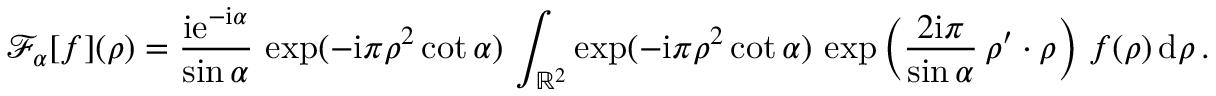
{ \mathcal F } _ { \alpha } [ f ] ( \boldsymbol \rho ) = { \frac { \mathrm { i } \mathrm { e } ^ { - \mathrm { i } \alpha } } { \sin \alpha } } \, \exp ( - \mathrm { i } \pi \rho ^ { 2 } \cot \alpha ) \, \int _ { { \mathbb R } ^ { 2 } } \exp ( - \mathrm { i } \pi \rho ^ { 2 } \cot \alpha ) \, \exp \left( { \frac { 2 \mathrm { i } \pi } { \sin \alpha } } \, \boldsymbol \rho ^ { \prime } \boldsymbol \cdot \boldsymbol \rho \right) \, f ( \boldsymbol \rho ) \, \mathrm { d } \boldsymbol \rho \, .